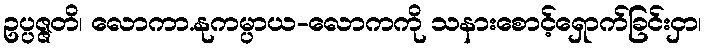
ဥပ္ပဇ္ဇတိ၊ လောကာ.နုကမ္ပာယ-လောကကို သနားစောင့်ရှောက်ခြင်းငှာ၊